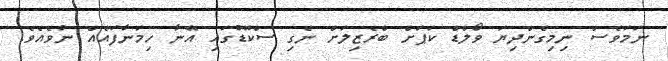
ނަމަވެސް ނިމިގެންދިޔަ ވޯލްޑް ކަޕަށް ބްރެޒިލަށް ނެގި ސްކޮޑުގައި އޭނާ ހިމަނާފައެއް ނުވެއެވެ.